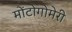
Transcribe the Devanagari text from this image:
मोंटोगोमेरी